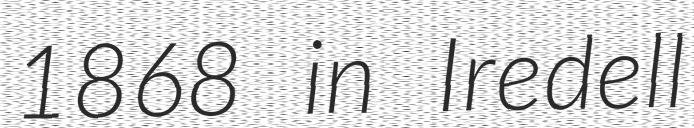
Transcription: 1868 in Iredell